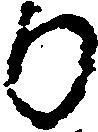
り